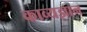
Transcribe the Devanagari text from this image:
काव्यज्ञान